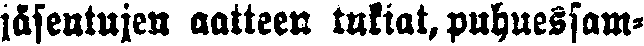
jäsentujen aatteen tukiat, puhuessam-